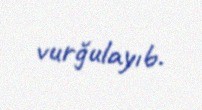
vurğulayıb.